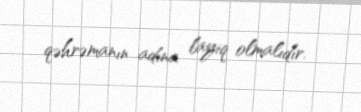
qəhrəmanın adına layiq olmalıdır.